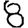
Digit: 8